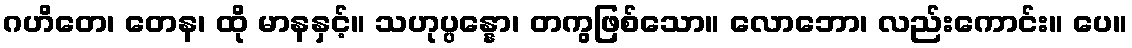
ဂဟိတေ၊ တေန၊ ထို မာနနှင့်။ သဟုပ္ပန္နော၊ တကွဖြစ်သော။ လောဘော၊ လည်းကောင်း။ ပေ။